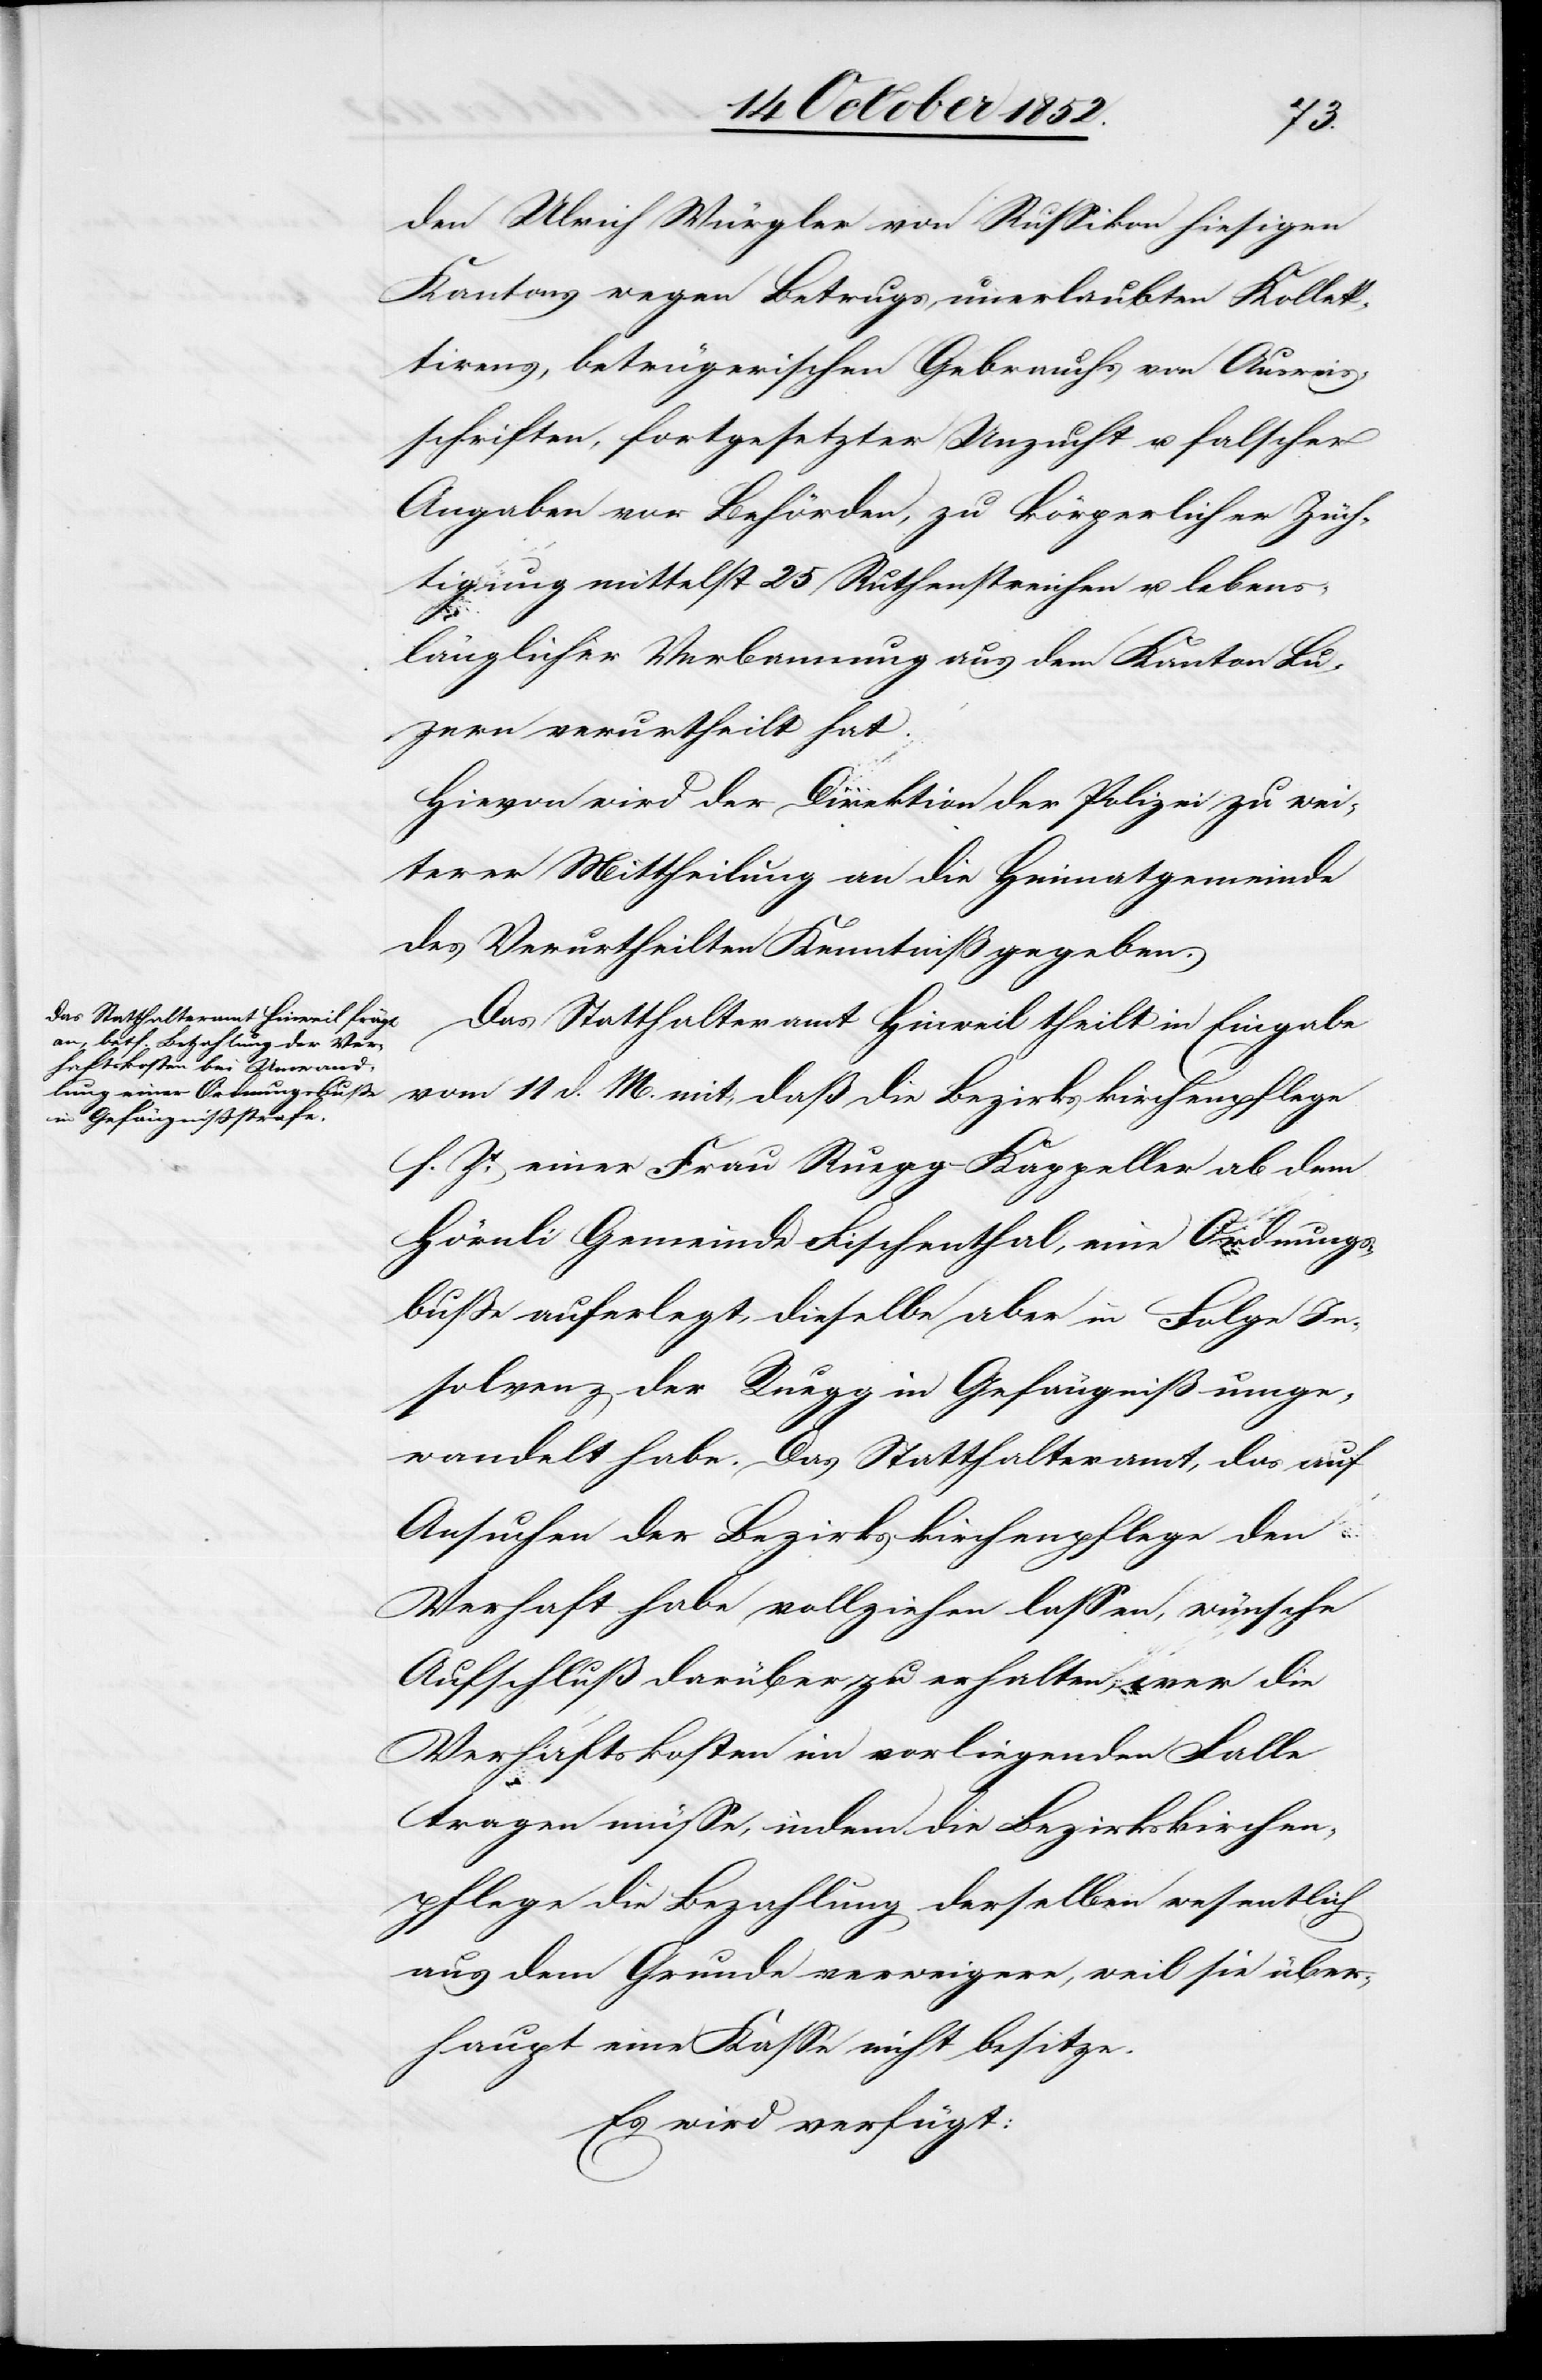
den Ulrich Würgler von Russikon hiesigen
Kantons wegen Betrugs unerlaubten Kollek¬
tirens, betrügerischen Gebrauchs von Ausweis¬
schriften, fortgesetzter Unzucht u. falscher
Angaben vor Behörden, zu körperlicher Züch¬
tigung mittelst 25 Ruthenstreichen u. lebens¬
länglicher Verbannung aus dem Kanton Lu¬
zern verurtheilt hat.
Hievon wird der Direktion der Polizei zu wei¬
terer Mittheilung an die Heimatgemeinde
des Verurtheilten Kenntniß gegeben.
Das Statthalteramt Hinweil theilt in Eingabe
vom 11 d. M. mit, daß die Bezirkskirchenpflege
s. Zt. einer Frau Ruegg-Kappeller ab dem
Hörnli Gemeinde Fischenthal, eine Ordnungs¬
buße auferlegt, dieselbe aber in Folge In¬
solvenz der Ruegg in Gefängniß umge¬
wandelt habe. Das Statthalteramt, das auf
Ansuchen der Bezirkskirchenpflege den
Verhaft habe vollziehen lassen, wünsche
Aufschluß darüber zu erhalten, wer die
Verhaftskosten im vorliegenden Falle
tragen müsse, indem die Bezirkskirchen¬
pflege die Bezahlung derselben wesentlich
aus dem Grunde verweigere, weil sie über¬
haupt eine Kasse nicht besitze.
Es wird verfügt: